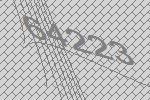
64223